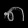
Digit: ၈